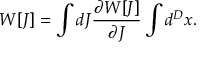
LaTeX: W [ J ] = \int d J \frac { \partial W [ J ] } { \partial J } \int d ^ { D } x .